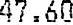
47.60